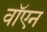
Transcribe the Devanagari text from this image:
वॉएन